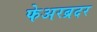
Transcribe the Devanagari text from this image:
फेअरब्रदर